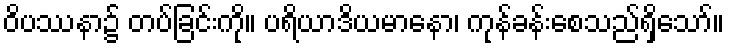
ဝိပဿနာ၌ တပ်ခြင်းကို။ ပရိယာဒိယမာနော၊ ကုန်ခန်းစေသည်ရှိသော်။